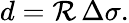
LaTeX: d=\mathcal{R}\, \Delta\sigma.